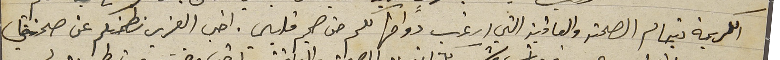
الكريمة بتمام الصحة والعافية التي ارغب دوامها لكم من صميم قلبي. اخي العزيز نطمنكم عن صحتي